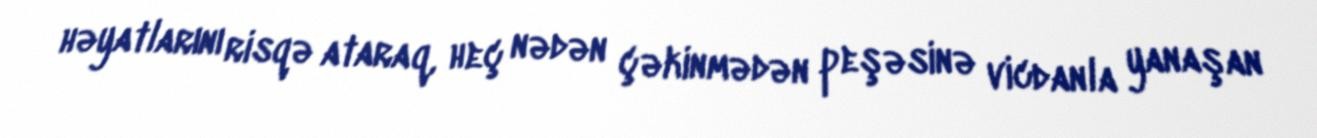
həyatlarını risqə ataraq, heç nədən çəkinmədən peşəsinə vicdanla yanaşan